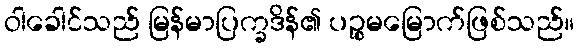
ဝါခေါင်သည် မြန်မာပြက္ခဒိန်၏ ပဉ္စမမြောက်ဖြစ်သည်။